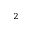
_ 2